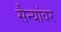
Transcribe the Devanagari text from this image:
सैन्यांवर